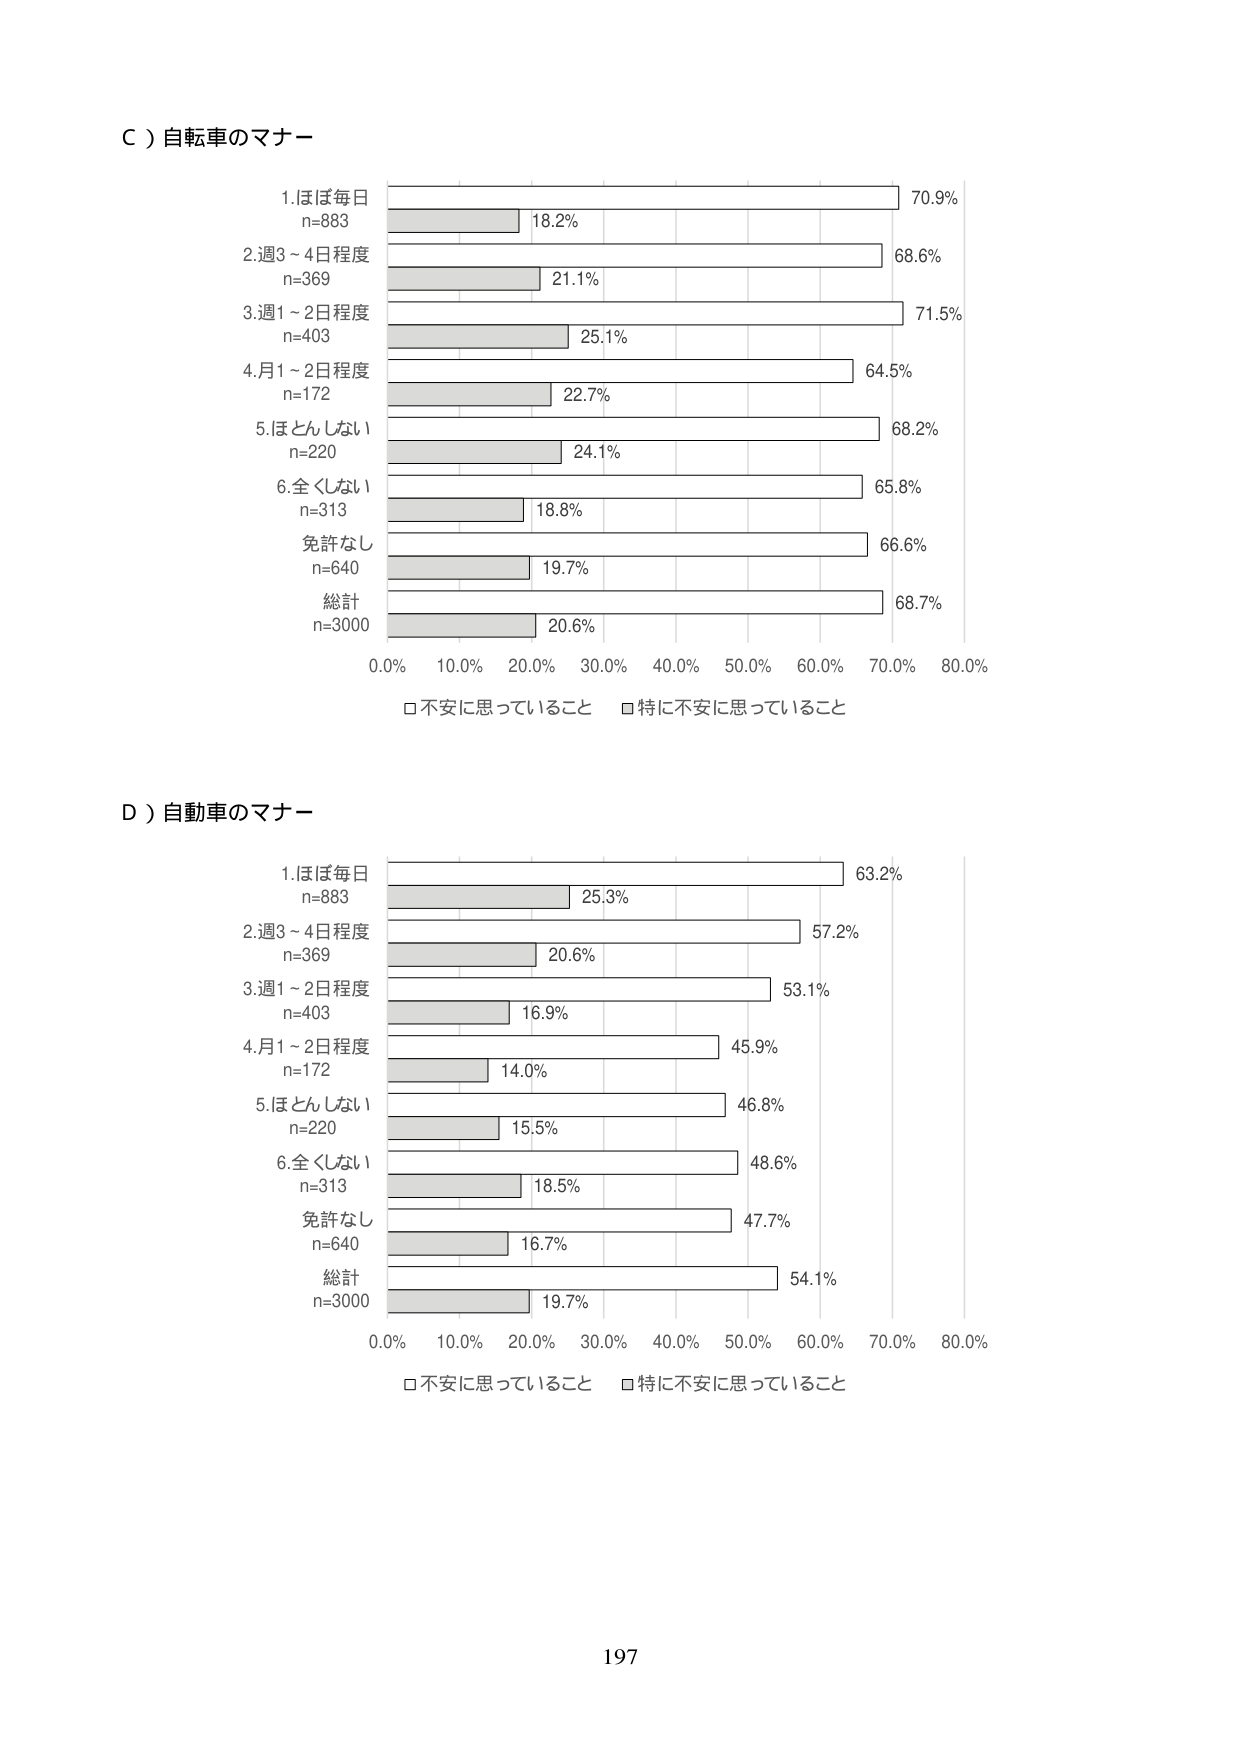
Ｃ）自転車のマナー

1.ほぼ毎日
n=883
18.2% 70.9%

2.週3～4日程度
n=369
21.1% 68.6%

3.週1～2日程度
n=403
25.1% 71.5%

4.月1～2日程度
n=172
22.7% 64.5%

5.ほとんどない
n=220
24.1% 68.2%

6.全くない
n=313
18.8% 65.8%

免許なし
n=640
19.7% 66.6%

総計
n=3000
20.6% 68.7%

0.0% 10.0% 20.0% 30.0% 40.0% 50.0% 60.0% 70.0% 80.0%
□不安に思っていること □特に不安に思っていること

Ｄ）自動車のマナー

1.ほぼ毎日
n=883
25.3% 63.2%

2.週3～4日程度
n=369
20.6% 57.2%

3.週1～2日程度
n=403
16.9% 53.1%

4.月1～2日程度
n=172
14.0% 45.9%

5.ほとんどない
n=220
15.5% 46.8%

6.全くない
n=313
18.5% 48.6%

免許なし
n=640
16.7% 47.7%

総計
n=3000
19.7% 54.1%

0.0% 10.0% 20.0% 30.0% 40.0% 50.0% 60.0% 70.0% 80.0%
□不安に思っていること □特に不安に思っていること

197